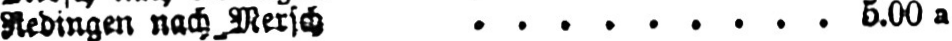
Redingen nach Mersch ......... 5.00a